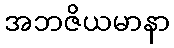
အဘဇိယမာနာ